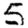
Digit: 5